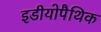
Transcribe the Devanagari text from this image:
इडीयोपैथिक